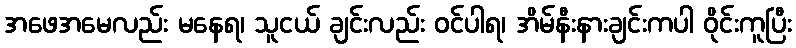
အဖေအမေလည်း မနေရ၊ သူငယ် ချင်းလည်း ဝင်ပါရ၊ အိမ်နီးနားချင်းကပါ ဝိုင်းကူပြီး